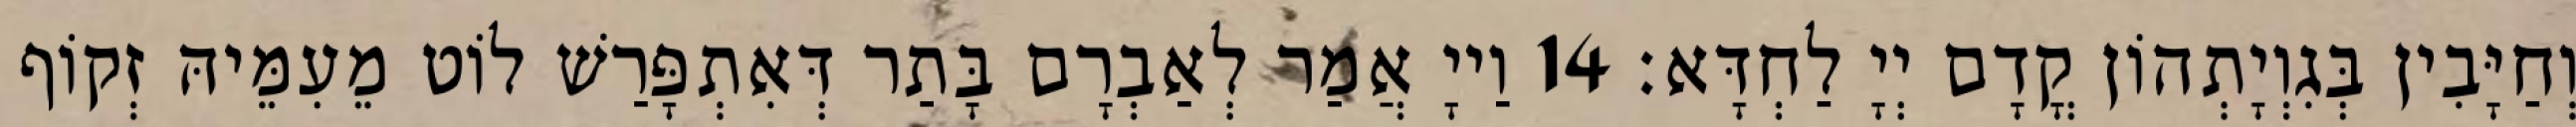
וְחַיָּבִין בְּגִוְיָתְהוֹן קֳדָם יְיָ לַחְדָּא׃ 14 וַייָ אֲמַר לְאַבְרָם בָּתַר דְּאִתְפָּרַשׁ לוֹט מֵעִמֵּיהּ זְקוֹף